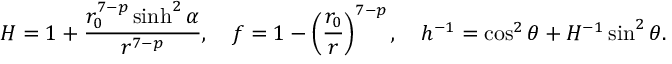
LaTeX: H = 1 + \frac { r _ { 0 } ^ { 7 - p } \sinh ^ { 2 } \alpha } { r ^ { 7 - p } } , \ \ \ f = 1 - \left( \frac { r _ { 0 } } { r } \right) ^ { 7 - p } , \ \ \ h ^ { - 1 } = \cos ^ { 2 } \theta + H ^ { - 1 } \sin ^ { 2 } \theta .